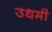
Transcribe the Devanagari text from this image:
उधमी